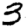
Digit: 3